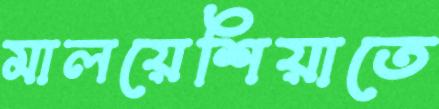
মালয়েশিয়াতে